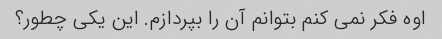
اوه فکر نمی کنم بتوانم آن را بپردازم. این یکی چطور؟